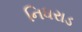
નિધરાડ